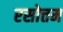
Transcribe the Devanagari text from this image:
रसोत्तम